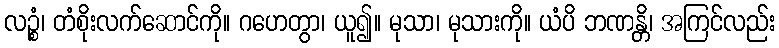
လဉ္စံ၊ တံစိုးလက်ဆောင်ကို။ ဂဟေတွာ၊ ယူ၍။ မုသာ၊ မုသားကို။ ယံပိ ဘဏန္တိ၊ အကြင်လည်း